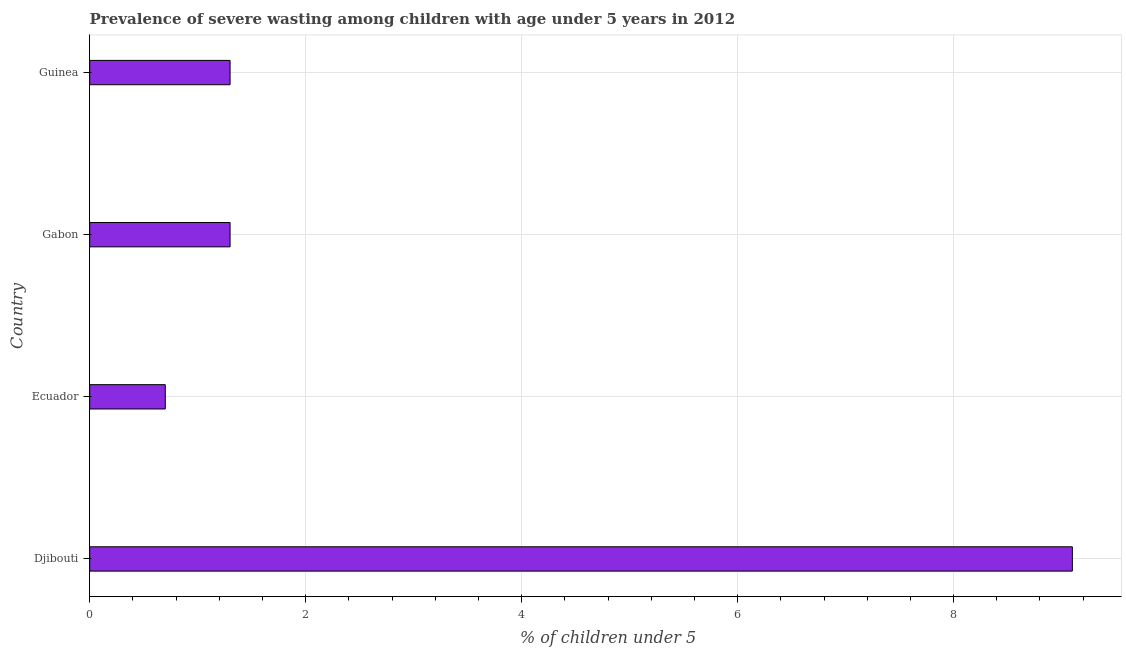
| Country | Prevalence of severe wasting |
 | --- | --- |
 | Djibouti | 9.1 |
 | Ecuador | 0.7 |
 | Gabon | 1.3 |
 | Guinea | 1.3 |